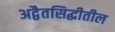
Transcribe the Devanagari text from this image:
अद्वैतसिद्धीतील